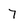
Character: 7